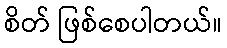
စိတ် ဖြစ်စေပါတယ်။